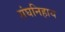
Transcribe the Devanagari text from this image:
संघनिहाय